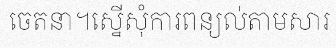
ចេតនា។ស្នើសុំការពន្យល់តាមសារ